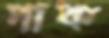
পাক